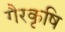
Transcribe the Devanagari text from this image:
गैरकृषि